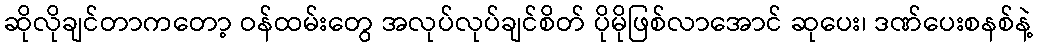
ဆိုလိုချင်တာကတော့ ဝန်ထမ်းတွေ အလုပ်လုပ်ချင်စိတ် ပိုမိုဖြစ်လာအောင် ဆုပေး၊ ဒဏ်ပေးစနစ်နဲ့